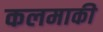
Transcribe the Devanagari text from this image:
कलमाकी